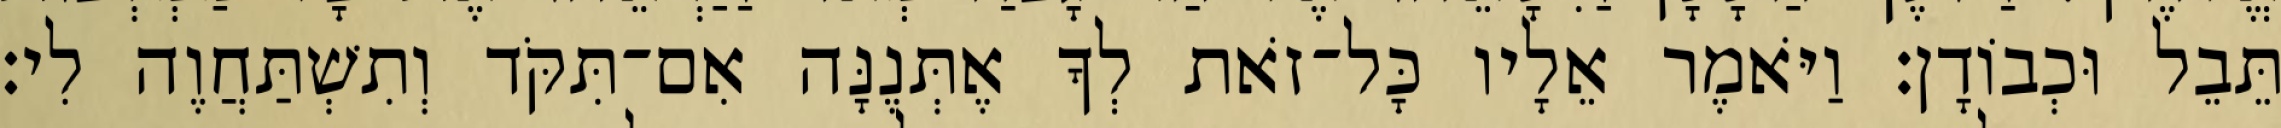
תֵּבֵל וּכְבוֹדָן׃ וַיֹּאמֶר אֵלָיו כָּל־זֹאת לְךָ אֶתְּנֶנָּה אִם־תִּקֹּד וְתִשְׁתַּחֲוֶה לִי׃